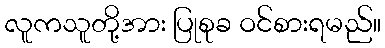
လူကသူတို့အား ပြုစုခ ဝင်စားရမည်။